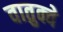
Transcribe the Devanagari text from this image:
वातुक्वे